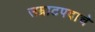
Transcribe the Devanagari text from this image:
सम्राटपदाचे